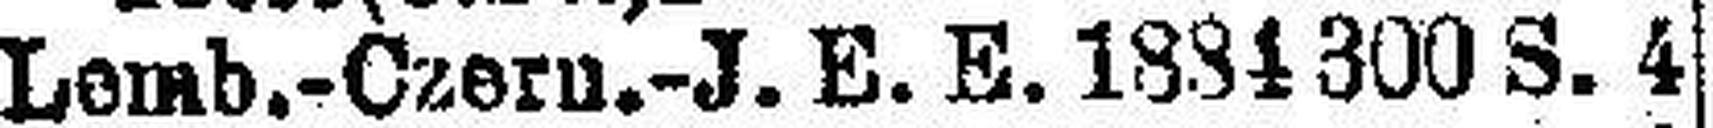
Lomb.-Czern.-J. E. E. 1884 300 S. 4